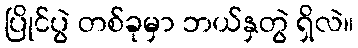
ပြိုင်ပွဲ တစ်ခုမှာ ဘယ်နှတွဲ ရှိလဲ။